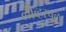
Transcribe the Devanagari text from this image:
लीव्हरपूल